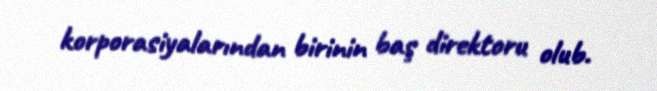
korporasiyalarından birinin baş direktoru olub.